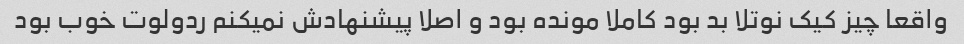
واقعا چیز کیک نوتلا بد بود کاملا مونده بود و اصلا پیشنهادش نمیکنم ردولوت خوب بود